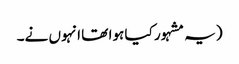
(یہ مشہور کیا ہوا تھا انہوں نے۔